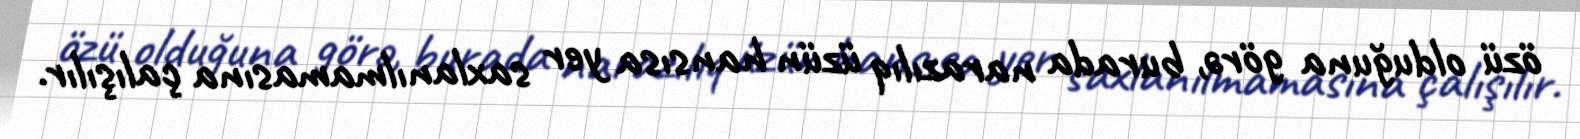
özü olduğuna görə, burada narazılıq üzün hansısa yer saxlanılmamasına çalışılır.